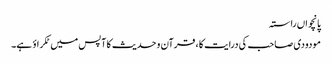
پانچواں راستہ
مودودی صاحب کی درایت کا ، قرآن و حدیث کا آپس میں ٹکراؤ ہے۔